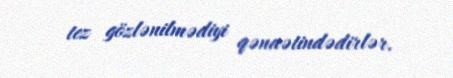
tez gözlənilmədiyi qənaətindədirlər.